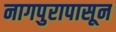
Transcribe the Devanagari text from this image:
नागपुरापासून